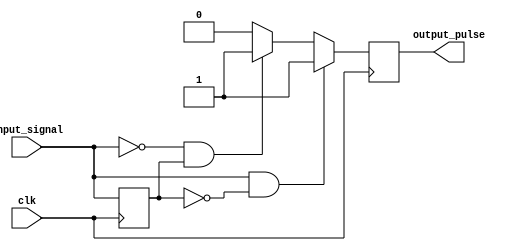
module pulse_edge_detector (
    input wire clk,               // Clock signal
    input wire input_signal,      // Input signal to be monitored
    output reg output_pulse       // Output pulse signal
);

    reg previous_state;           // Memory block to store the previous state of the input signal

    // Process to detect edges on the rising edge of the clock
    always @(posedge clk) begin
        // Edge detection logic
        if (input_signal && !previous_state) begin
            // Rising edge detected
            output_pulse <= 1'b1; // Generate pulse for rising edge
        end else if (!input_signal && previous_state) begin
            // Falling edge detected
            output_pulse <= 1'b1; // Generate pulse for falling edge
        end else begin
            output_pulse <= 1'b0;  // No edge detected, output pulse is low
        end
        
        // Update the previous state with the current input signal
        previous_state <= input_signal;
    end

endmodule